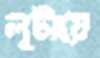
লুটায়ে